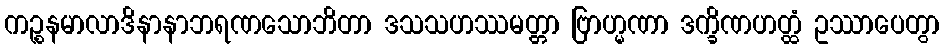
ကဉ္စနမာလာဒိနာနာဘရဏသောဘိတာ ဒသသဟဿမတ္တာ ဗြာဟ္မဏာ ဒက္ခိဏဟတ္ထံ ဥဿာပေတွာ